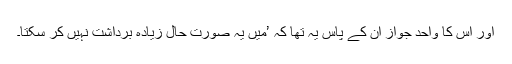
اور اس کا واحد جواز ان کے پاس یہ تھا کہ ’میں یہ صورتِ حال زیادہ برداشت نہیں کر سکتا۔